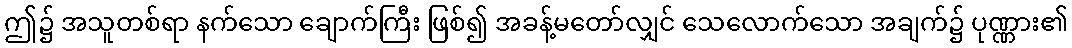
ဤ၌ အသူတစ်ရာ နက်သော ချောက်ကြီး ဖြစ်၍ အခန့်မတော်လျှင် သေလောက်သော အချက်၌ ပုဏ္ဏား၏